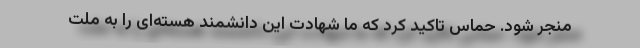
منجر شود. حماس تاکید کرد که ما شهادت این دانشمند هسته‌ای را به ملت